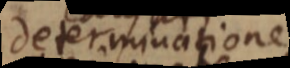
determinatione